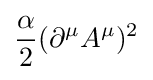
{\alpha  \over 2}(\partial ^{\mu }A^{\mu })^{2}